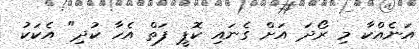
އަނެއްކާ މި ރޯދަ އަށް ގެނައި ކޮޕީ ފަތް އެހާ ކުދި" އެކަކު